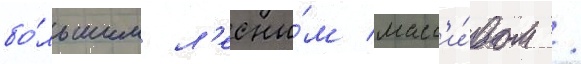
бо́льшим л'есны́м масс'и́вом /